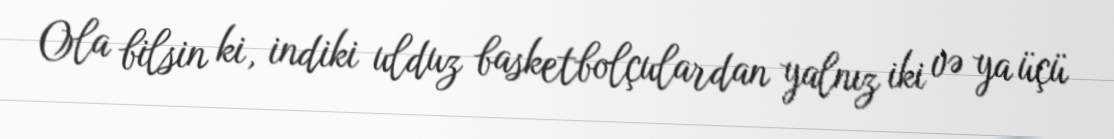
Ola bilsin ki, indiki ulduz basketbolçulardan yalnız iki və ya üçü